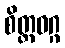
စိတ္တဝဂ္ဂ